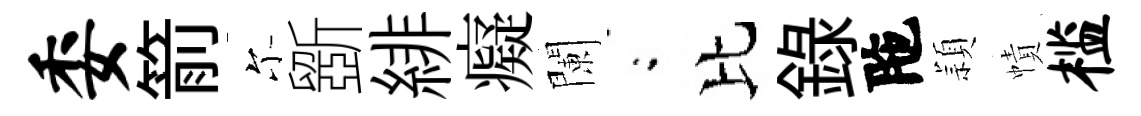
委箭尓斵緋癡闌閤比錄陁頴幘槛